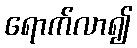
ရောက်လာ၍